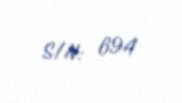
S/N: 694